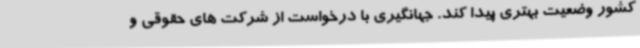
کشور وضعیت بهتری پیدا کند. جهانگیری با درخواست از شرکت های حقوقی و